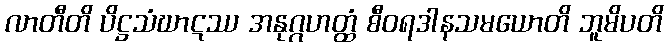
လာတီတိ ပိဋ္ဌသံဃာဋဿ အနုဂ္ဂဟတ္ထံ စီဝရဒါနသမယောတိ ဘူမိပတိ